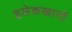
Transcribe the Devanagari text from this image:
इलेकखानों